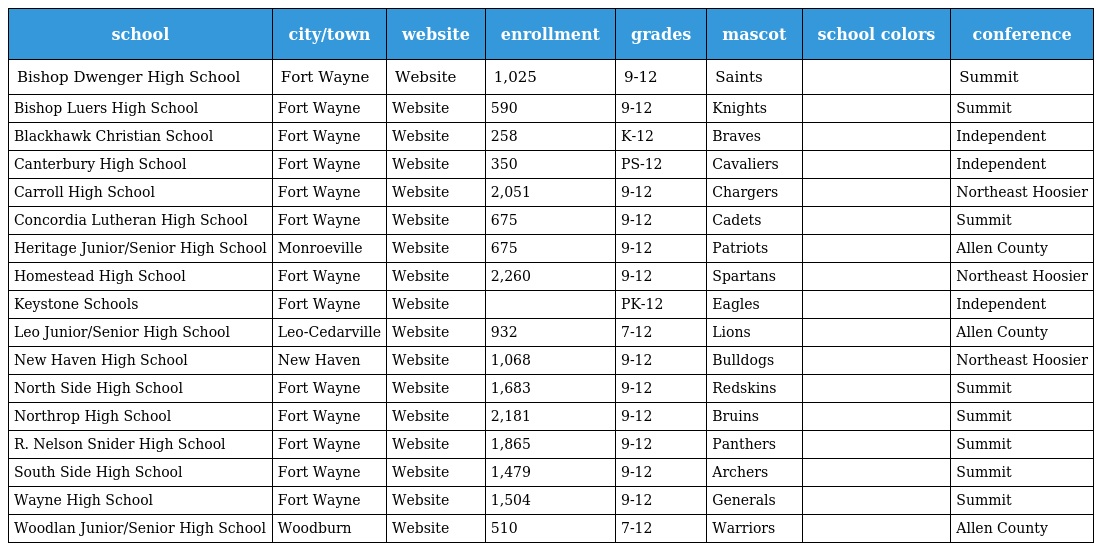
| school | city/town | website | enrollment | grades | mascot | school colors | conference |
 | --- | --- | --- | --- | --- | --- | --- | --- |
 | Bishop Dwenger High School | Fort Wayne | Website | 1,025 | 9-12 | Saints |  | Summit |
 | Bishop Luers High School | Fort Wayne | Website | 590 | 9-12 | Knights |  | Summit |
 | Blackhawk Christian School | Fort Wayne | Website | 258 | K-12 | Braves |  | Independent |
 | Canterbury High School | Fort Wayne | Website | 350 | PS-12 | Cavaliers |  | Independent |
 | Carroll High School | Fort Wayne | Website | 2,051 | 9-12 | Chargers |  | Northeast Hoosier |
 | Concordia Lutheran High School | Fort Wayne | Website | 675 | 9-12 | Cadets |  | Summit |
 | Heritage Junior/Senior High School | Monroeville | Website | 675 | 9-12 | Patriots |  | Allen County |
 | Homestead High School | Fort Wayne | Website | 2,260 | 9-12 | Spartans |  | Northeast Hoosier |
 | Keystone Schools | Fort Wayne | Website |  | PK-12 | Eagles |  | Independent |
 | Leo Junior/Senior High School | Leo-Cedarville | Website | 932 | 7-12 | Lions |  | Allen County |
 | New Haven High School | New Haven | Website | 1,068 | 9-12 | Bulldogs |  | Northeast Hoosier |
 | North Side High School | Fort Wayne | Website | 1,683 | 9-12 | Redskins |  | Summit |
 | Northrop High School | Fort Wayne | Website | 2,181 | 9-12 | Bruins |  | Summit |
 | R. Nelson Snider High School | Fort Wayne | Website | 1,865 | 9-12 | Panthers |  | Summit |
 | South Side High School | Fort Wayne | Website | 1,479 | 9-12 | Archers |  | Summit |
 | Wayne High School | Fort Wayne | Website | 1,504 | 9-12 | Generals |  | Summit |
 | Woodlan Junior/Senior High School | Woodburn | Website | 510 | 7-12 | Warriors |  | Allen County |